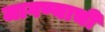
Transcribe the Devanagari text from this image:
जागण्याची